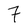
Character: 7